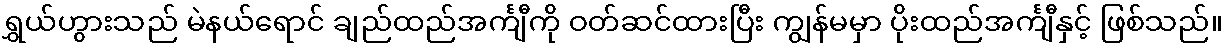
ရွှယ်ဟွားသည် မဲနယ်ရောင် ချည်ထည်အင်္ကျီကို ဝတ်ဆင်ထားပြီး ကျွန်မမှာ ပိုးထည်အင်္ကျီနှင့် ဖြစ်သည်။